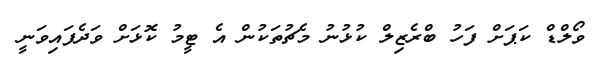
ވޯލްޑް ކަޕަށް ފަހު ބްރެޒިލް ކުޅުނު މެޗުތަކުން އެ ޓީމު ކޮޅަށް ވަދެފައިވަނީ